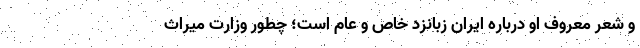
و شعر معروف او درباره ایران زبانزد خاص و عام است؛ چطور وزارت میراث